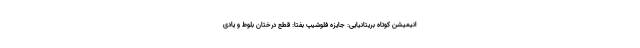
انیمیشن کوتاه بریتانیایی: جایزه فلوشیپ بفتا: قطع درختان بلوط و یادی